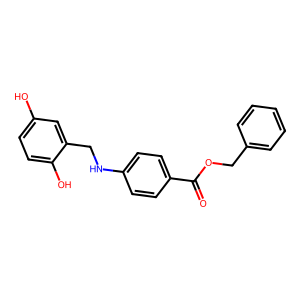
SMILES: O=C(OCc1ccccc1)c1ccc(NCc2cc(O)ccc2O)cc1
Inhibits HIV replication: No